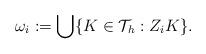
LaTeX: \begin{align*}{\omega}_{i}:=\bigcup\{K\in\mathcal{T}_{h}: Z_{i} K\}.\end{align*}